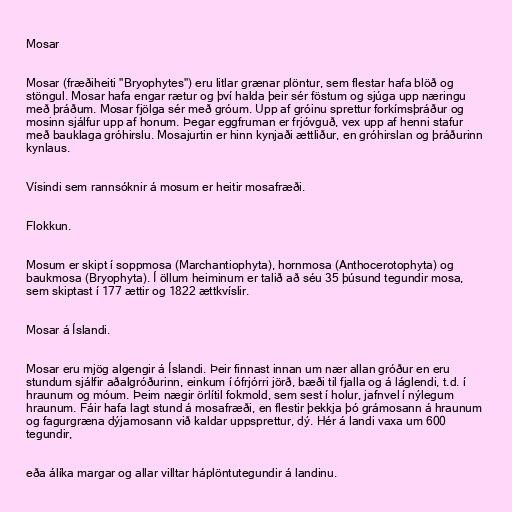
Mosar

Mosar (fræðiheiti "Bryophytes") eru litlar grænar plöntur, sem flestar hafa blöð og
stöngul. Mosar hafa engar rætur og því halda þeir sér föstum og sjúga upp næringu
með þráðum. Mosar fjölga sér með gróum. Upp af gróinu sprettur forkímsþráður og
mosinn sjálfur upp af honum. Þegar eggfruman er frjóvguð, vex upp af henni stafur
með bauklaga gróhirslu. Mosajurtin er hinn kynjaði ættliður, en gróhirslan og þráðurinn
kynlaus.

Vísindi sem rannsóknir á mosum er heitir mosafræði.

Flokkun.

Mosum er skipt í soppmosa (Marchantiophyta), hornmosa (Anthocerotophyta) og
baukmosa (Bryophyta). Í öllum heiminum er talið að séu 35 þúsund tegundir mosa,
sem skiptast í 177 ættir og 1822 ættkvíslir.

Mosar á Íslandi.

Mosar eru mjög algengir á Íslandi. Þeir finnast innan um nær allan gróður en eru
stundum sjálfir aðalgróðurinn, einkum í ófrjórri jörð, bæði til fjalla og á láglendi, t.d. í
hraunum og móum. Þeim nægir örlítil fokmold, sem sest í holur, jafnvel í nýlegum
hraunum. Fáir hafa lagt stund á mosafræði, en flestir þekkja þó grámosann á hraunum
og fagurgræna dýjamosann við kaldar uppsprettur, dý. Hér á landi vaxa um 600
tegundir,

eða álíka margar og allar villtar háplöntutegundir á landinu.